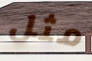
مثل